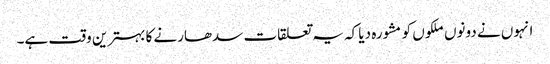
انہوں نے دونوں ملکوں کو مشورہ دیا کہ یہ تعلقات سدھارنے کا بہترین وقت ہے۔